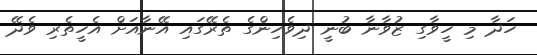
ހަދާ މި ހީވާގި ޒުވާނާ ބުނީ ދިވެހިންގެ ތެރޭގައި އޭނާއަށް އެހީތެރި ވެދޭ